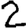
Digit: 2